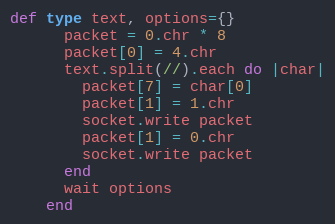
Language: Ruby
def type text, options={}
      packet = 0.chr * 8
      packet[0] = 4.chr
      text.split(//).each do |char|
        packet[7] = char[0]
        packet[1] = 1.chr
        socket.write packet
        packet[1] = 0.chr
        socket.write packet
      end
      wait options
    end